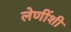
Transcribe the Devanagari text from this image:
लेणींशी